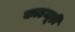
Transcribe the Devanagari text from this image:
काठजूड़ी